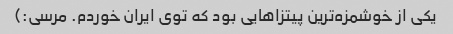
یکی از خوشمزه‌ترین پیتزاهایی بود که توی ایران خوردم. مرسی:)